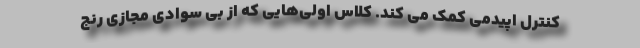
کنترل اپیدمی کمک می کند. کلاس‌ اولی‌هایی که از بی سوادی مجازی رنج